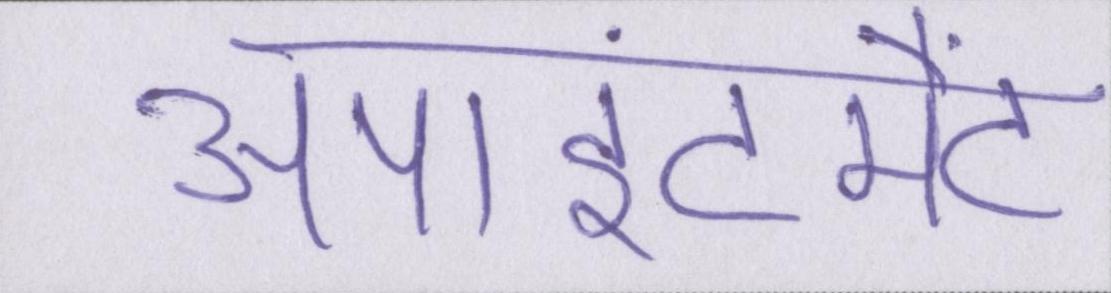
अपाइंटमैंट